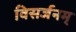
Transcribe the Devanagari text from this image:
विसर्जनम्